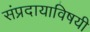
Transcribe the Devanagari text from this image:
संप्रदायाविषयी